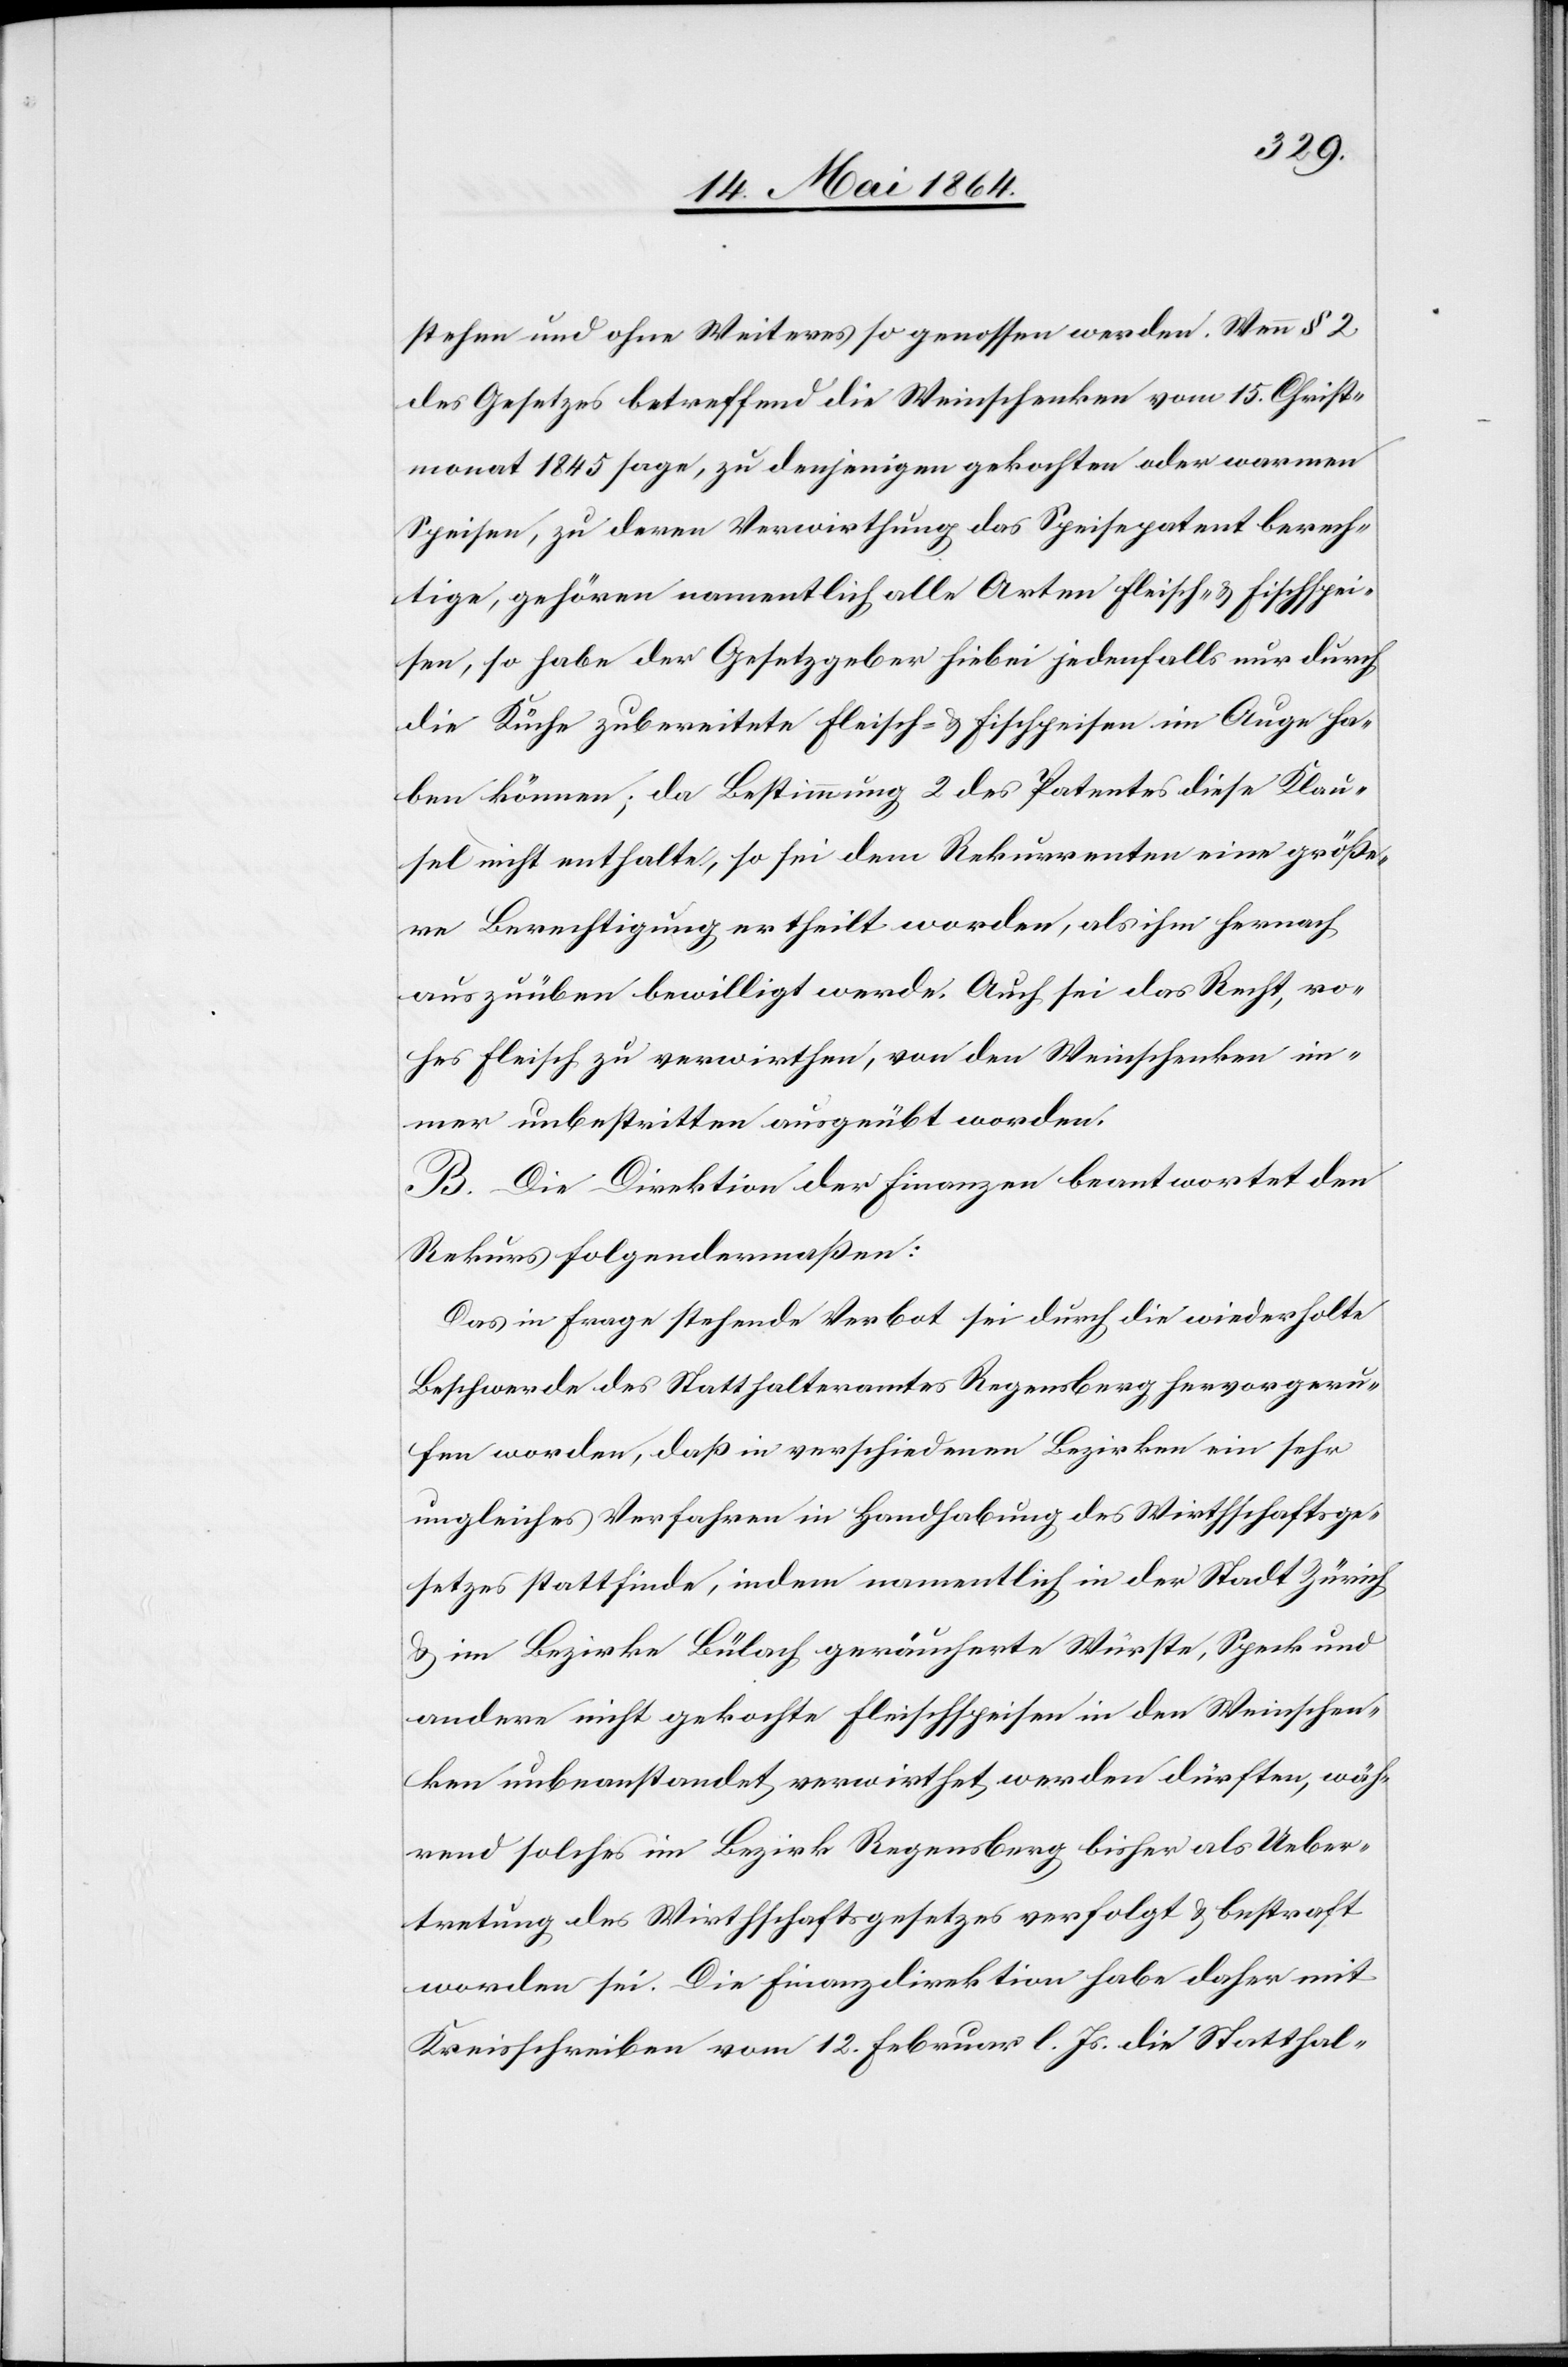
stehen und ohne Weiteres so genossen werden. Wenn § 2
des Gesetzes betreffend die Weinschenken vom 15. Christ¬
monat 1845 sage, zu denjenigen gekochten oder warmen
Speisen, zu deren Verwirthung das Speisepatent berech¬
tige, gehören namentlich alle Arten Fleisch u. Fischspei¬
sen, so habe der Gesetzgeber hiebei jedenfalls nur durch
die Küche zubereitete Fleisch- u. Fischspeisen im Auge ha¬
ben können; da Bestimmung 2 des Patentes diese Klau¬
sel nicht enthalte, so sei dem Rekurrenten eine größe¬
re Berechtigung ertheilt worden, als ihm hernach
auszuüben bewilligt werde. Auch sei das Recht, ro¬
hes Fleisch zu verwirthen, von den Weinschenken im¬
mer unbestritten ausgeübt worden.
B. Die Direktion der Finanzen beantwortet den
Rekurs folgendermaßen:
Das in Frage stehende Verbot sei durch die wiederholte
Beschwerde des Statthalteramtes Regensberg hervorgeru¬
fen worden, daß in verschiedenen Bezirken ein sehr
ungleiches Verfahren in Handhabung des Wirthschaftsge¬
setzes stattfinde, indem namentlich in der Stadt Zürich
u. im Bezirke Bülach geräucherte Würste, Speck und
andere nicht gekochte Fleischspeisen in den Weinschen¬
ken unbeanstandet verwirthet werden dürften, wäh¬
rend solches im Bezirk Regensberg bisher als Ueber¬
tretung des Wirthschaftsgesetzes verfolgt u. bestraft
worden sei. Die Finanzdirektion habe daher mit
Kreisschreiben vom 12. Februar l. Js. die Statthal-